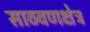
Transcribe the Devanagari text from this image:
साठवणक्षेत्र